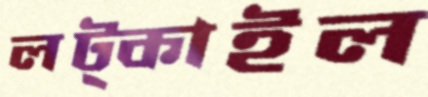
লট্‌কাইল